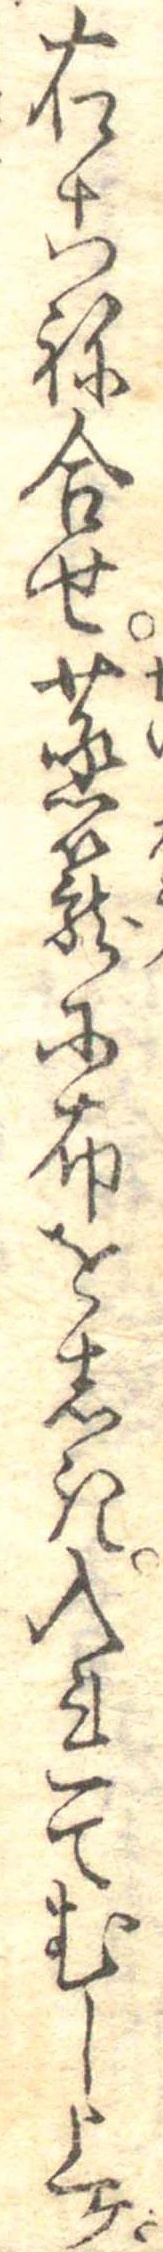
右こね合せ蒸篭に布をしき入れてむし上ヶ